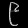
Digit: ၉